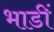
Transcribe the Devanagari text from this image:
भाडीं